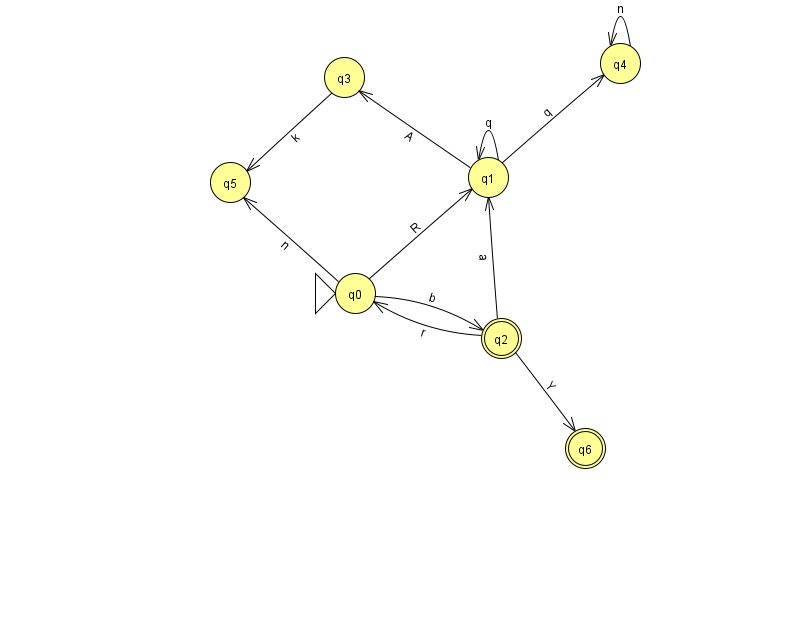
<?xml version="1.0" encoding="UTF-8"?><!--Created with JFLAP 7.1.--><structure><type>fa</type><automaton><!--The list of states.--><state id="0" name="q0"><x>355.0</x><y>280.0</y><initial/></state><state id="1" name="q1"><x>488.0</x><y>164.0</y></state><state id="2" name="q2"><x>501.0</x><y>325.0</y><final/></state><state id="3" name="q3"><x>344.0</x><y>64.0</y></state><state id="4" name="q4"><x>620.0</x><y>50.0</y></state><state id="5" name="q5"><x>230.0</x><y>169.0</y></state><state id="6" name="q6"><x>585.0</x><y>435.0</y><final/></state><!--The list of transitions.--><transition><from>1</from><to>1</to><read>q</read></transition><transition><from>1</from><to>3</to><read>A</read></transition><transition><from>0</from><to>1</to><read>R</read></transition><transition><from>1</from><to>4</to><read>q</read></transition><transition><from>2</from><to>6</to><read>Y</read></transition><transition><from>0</from><to>5</to><read>n</read></transition><transition><from>2</from><to>1</to><read>a</read></transition><transition><from>3</from><to>5</to><read>k</read></transition><transition><from>4</from><to>4</to><read>n</read></transition><transition><from>0</from><to>2</to><read>b</read></transition><transition><from>2</from><to>0</to><read>r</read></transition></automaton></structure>